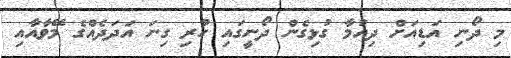
މި ދޯނި އަޑިއަށް ދިއުމާ ގުޅިގެން ދޯނީގައި ހުރި ގިނަ އަދަދެއްގެ މޭވާއާއި